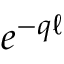
e ^ { - q \ell }